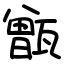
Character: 甑